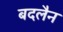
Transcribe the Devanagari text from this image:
बदलैन